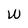
Character: W